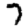
Digit: 7